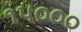
૧૫૦૦૦